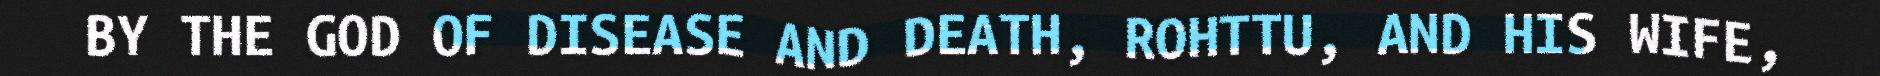
BY THE GOD OF DISEASE AND DEATH, ROHTTU, AND HIS WIFE,